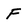
Character: F